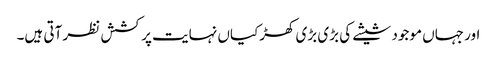
اور جہاں موجود شیشے کی بڑی بڑی کھڑکیاں نہایت پرکشش نظر آتی ہیں۔